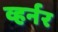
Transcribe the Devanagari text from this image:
व्हर्नर